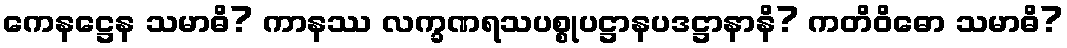
ကေနဋ္ဌေန သမာဓိ? ကာနဿ လက္ခဏရသပစ္စုပဋ္ဌာနပဒဋ္ဌာနာနိ? ကတိဝိဓော သမာဓိ?